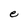
Character: e